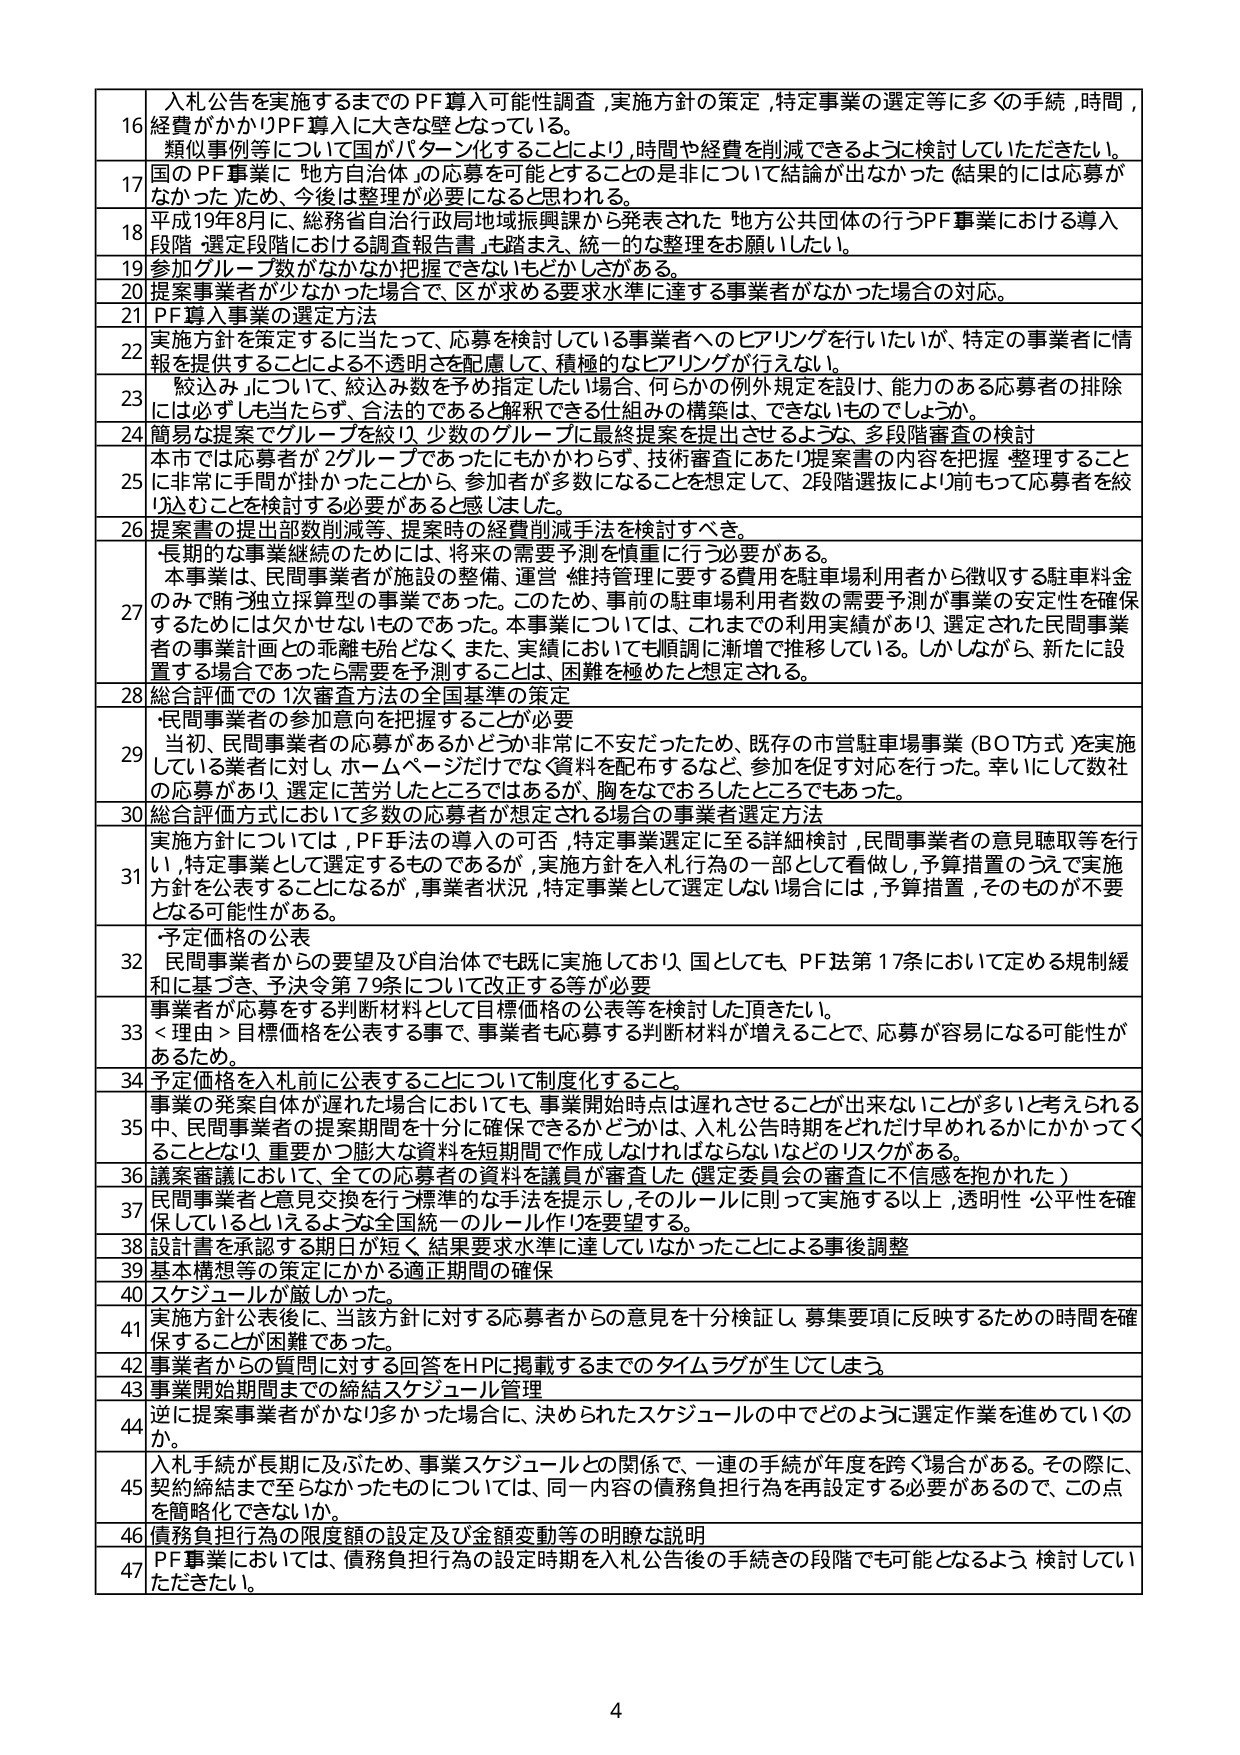
16 入札公告を実施するまでのPF導入可能性調査、実施方針の策定、特定事業の選定等に多くの手続、時間、経費がかかりPF導入に大きな壁となっている。類似事例等について国がバターン化することにより、時間や経費を削減できるように検討していただきたい。

17 国のPF事業に「地方自治体」の応募を可能とすることの是非について結論が出なかった（結果的には応募がなかった）ため、今後は整理が必要になると思われる。

18 平成19年8月に、総務省自治行政局地域振興課から発表された「地方公共団体の行うPF事業における導入段階・選定段階における調査報告書」を踏まえ、統一的な整理をお願いしたい。

19 参加グループ数がなかなか把握できないものとしかしがある。

20 提案事業者が少なかった場合で、区が求める要求水準に達する事業者がなかった場合の対応。

21 PF導入事業の選定方法

22 実施方針を策定するに当たって、応募を検討している事業者へのヒアリングを行いたいが、特定の事業者に情報を提供することによる不透明さを配慮して、積極的なヒアリングが行えない。

23 「絞込み」について、絞込み数を予め指定したい場合、何らかの例外規定を設け、能力のある応募者の排除には必ずしも当たらず、合法的であると解釈できる仕組みの構築は、できないものでしょうか。

24 簡易な提案でグループを絞り、少数のグループに最終提案を提出させるような、多段階審査の検討

25 本市では応募者が2グループであったにもかかわらず、技術審査にあたり提案書の内容を把握・整理することに非常に手間が掛かったことから、参加者が多数になることを想定して、2段階選抜により前もって応募者を絞り込むことを検討する必要があると感じました。

26 提案書の提出部数削減等、提案時の経費削減手法を検討すべき。

27 長期的な事業継続のためには、将来の需要予測を慎重に行う必要がある。本事業は、民間事業者が施設の整備、運営・維持管理に要する費用を駐車場利用者から徴収する駐車料金のみで賄う独立採算型の事業であった。このため、事前の駐車場利用者数の需要予測が事業の安定性を確保するためには欠かせないものであった。本事業については、これまでの利用実績があり、選定された民間事業者の事業計画との乖離も殆どなく、また、実績においても順調に漸増で推移している。しかしながら、新たに設置する場合であっても需要を予測することは、困難を極めたと想定される。

28 総合評価での1次審査方法の全国基準の策定

29 民間事業者の参加意向を把握することが必要。当初、民間事業者の応募があるかどうか非常に不安だったため、既存の市営駐車場事業（BOT方式）を実施している業者に対し、ホームページだけではなく資料を配布するなど、参加を促す対応を行った。幸いにして数社の応募があり、選定に苦労したところはあるが、胸をなでおろしたところでもあった。

30 総合評価方式において多数の応募者が想定される場合の事業者選定方法

31 実施方針については、PF手法の導入の可否、特定事業選定に至る詳細検討、民間事業者の意見聴取等を行い、「特定事業として選定するものであるが、実施方針を入札行為の一部として看做し、予算措置のうえで実施方針を公表することになるが、事業者状況、特定事業として選定しない場合には、予算措置、そのものが不要となる可能性がある。

32 予定価格の公表。民間事業者からの要望及び自治体でも既に実施しており、国としても、PF法第17条において定める規制緩和に基づき、予決令第79条について改正する等が必要。

33 事業者が応募をする判断材料として目標価格の公表等を検討いただきたい。＜理由＞目標価格を公表する事で、事業者も応募する判断材料が増えることで、応募が容易になる可能性があるため。

34 予定価格を入札前に公表することについて制度化すること。

35 事業の発案自体が遅れた場合においても、事業開始時点は遅れさせることができないことが多いと考えられる中、民間事業者の提案期間を十分に確保できるかどうかは、入札公告時期をどれだけ早めるかにかかってくこととなり、重要かつ膨大な資料を短期間で作成しなければならないなどのリスクがある。

36 議案審議において、全ての応募者の資料を議員が審査した（選定委員会の審査に不信感を抱かれた）

37 民間事業者と意見交換を行う標準的な手法を提示し、そのルールに則って実施する以上、透明性・公平性を確保しているといえるような全国統一のルール作りを要望する。

38 設計書を承認する期日が短く、結果要求水準に達していなかったことによる事後調整

39 基本構想等の策定にかかる適正期間の確保

40 スケジュールが厳しかった。

41 実施方針公表後に、当該方針に対する応募者からの意見を十分検証し、募集要項に反映するための時間を確保することが困難であった。

42 事業者からの質問に対する回答をHPに掲載するまでのタイムラグが生じてしまう。

43 事業開始期間までの締結スケジュール管理

44 逆に提案事業者がかなり多かった場合に、決められたスケジュールの中でどのように選定作業を進めていくのか。

45 入札手続が長期に及ぶため、事業スケジュールとの関係で、一連の手続が年度を跨ぐ場合がある。その際に、契約締結まで至らなかったものについては、同一内容の債務負担行為を再設定する必要があるので、この点を簡略化できないか。

46 債務負担行為の限度額の設定及び金額変動等の明瞭な説明

47 PF事業においては、債務負担行為の設定時期を入札公告後の手続きの段階でも可能となるよう検討していただきたい。

4